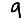
Digit: 9